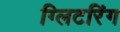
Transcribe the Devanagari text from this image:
ग्लिटरिंग